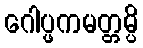
ဂေါပ္ဖကမတ္တမ္ပိ